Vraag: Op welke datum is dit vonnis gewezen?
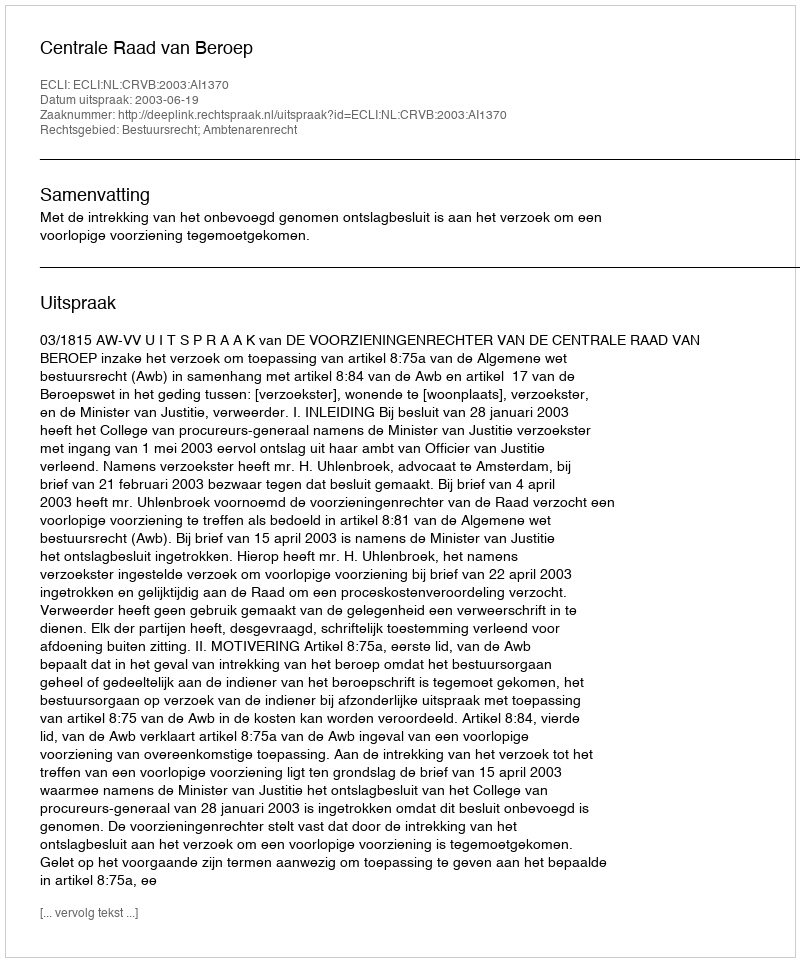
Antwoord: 2003-06-19